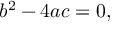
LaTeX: b ^ { 2 } - 4 a c = 0 ,